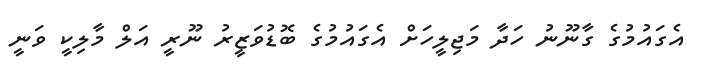
އެގައުމުގެ ގާނޫނު ހަދާ މަޖިލީހަށް އެގައުމުގެ ބޮޑުވަޒީރު ނޫރީ އަލް މާލިކީ ވަނީ